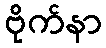
ဗိုက်နာ